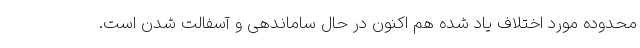
محدوده مورد اختلاف یاد شده هم اکنون در حال ساماندهی و آسفالت شدن است.